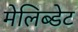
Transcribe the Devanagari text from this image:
मेलिब्डेट